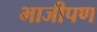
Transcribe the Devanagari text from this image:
भाजीपण